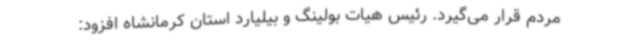
مردم قرار می‌گیرد. رئیس هیات بولینگ و بیلیارد استان کرمانشاه افزود: